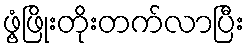
ဖွံ့ဖြိုးတိုးတက်လာပြီး